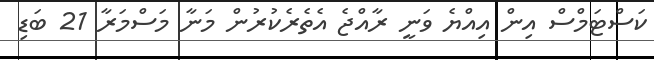
ކަސްޓަމްސް އިން އިއްޔެ ވަނީ ރާއްޖެ އެތެރެކުރުން މަނާ މަސްމަރާ 21 ބަޑި